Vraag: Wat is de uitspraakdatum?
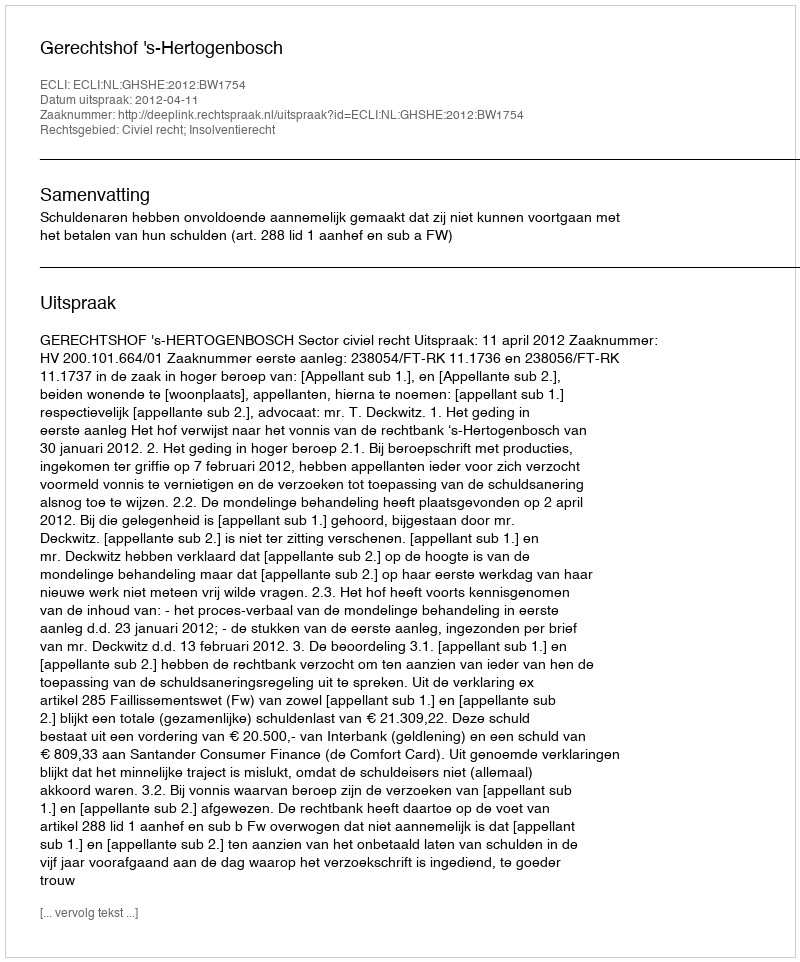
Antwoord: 2012-04-11